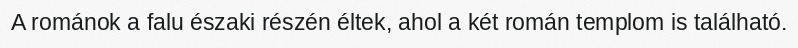
A románok a falu északi részén éltek, ahol a két román templom is található.